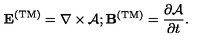
{ \bf E } ^ { \mathrm { ( T M ) } } = \nabla \times \mathrm { \boldmath \cal A } ; { \bf B } ^ { \mathrm { ( T M ) } } = { \frac { \partial \mathrm { \boldmath \cal A } } { \partial t } } .